Civil Veterinary Dept. Bombay admin report 1914-1922 - 1914-1922
Year: 1914
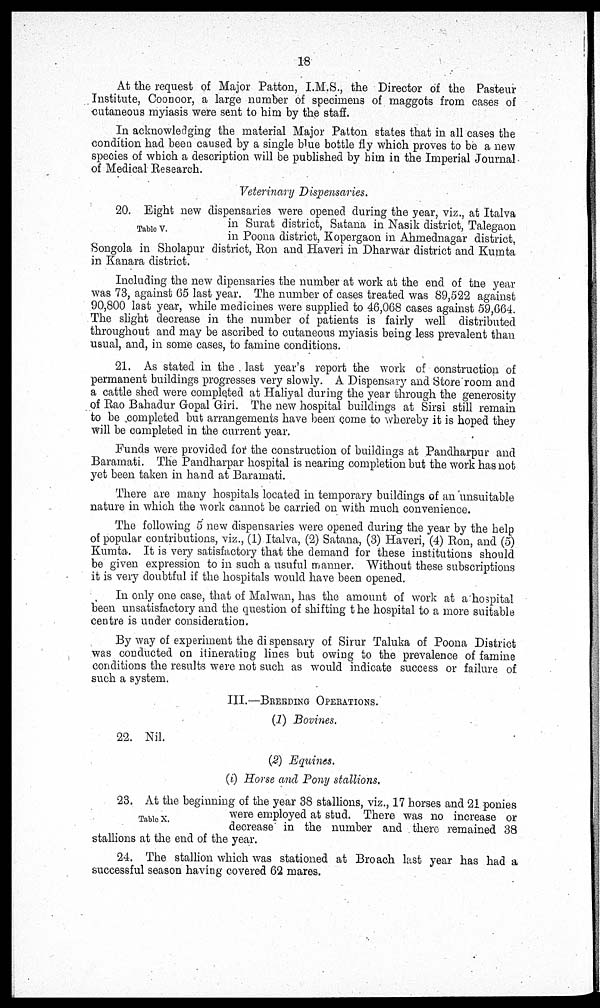
18
At the request of Major Patton, I.M.S., the Director of the Pasteur
Institute, Coonoor, a large number of specimens of maggots from cases of
cutaneous myiasis were sent to him by the staff.
In acknowledging the material Major Patton states that in all cases the
condition had been caused by a single blue bottle fly which proves to be a new
species of which a description will be published by him in the Imperial Journal
of Medical Research.
Veterinary Dispensaries.
Table V.
20. Eight new dispensaries were opened during the year, viz., at Italva
in Surat district, Satana in Nasik district, Talegaon
in Poona district, Kopergaon in Ahmednagar district,
Songola in Sholapur district, Ron and Haveri in Dharwar district and Kumta
in Kanara district.
Including the new dipensaries the number at work at the end of the year
was 73, against 65 last year. The number of cases treated was 89,522 against
90,800 last year, while medicines were supplied to 46,068 cases against 59,664.
The slight decrease in the number of patients is fairly well distributed
throughout and may be ascribed to cutaneous myiasis being less prevalent than
usual, and, in some cases, to famine conditions.
21. As stated in the last year's report the work of construction of
permanent buildings progresses very slowly. A Dispensary and Store room and
a cattle shed were completed at Haliyal during the year through the generosity
of Rao Bahadur Gopal Giri. The new hospital buildings at Sirsi still remain
to be completed but arrangements have been come to whereby it is hoped they
will be completed in the current year.
Funds were provided for the construction of buildings at Pandharpur and
Baramati. The Pandharpar hospital is nearing completion but the work has not
yet been taken in hand at Baramati.
There are many hospitals located in temporary buildings of an unsuitable
nature in which the work cannot be carried on with much convenience.
The following 5 new dispensaries were opened during the year by the help
of popular contributions, viz., (1) Italva, (2) Satana, (3) Haveri, (4) Ron, and (5)
Kumta-. It is very satisfactory that the demand for these institutions should
be given expression to in such a usuful manner. Without these subscriptions
it is very doubtful if the hospitals would have been opened.
In only one case, that of Malwan, has the amount of work at a hospital
been unsatisfactory and the question of shifting the hospital to a more suitable
centre is under consideration.
By way of experiment the dispensary of Sirur Taluka of Poona District
was conducted on itinerating lines but owing to the prevalence of famine
conditions the results were not such as would indicate success or failure of
such a system.
III.—BREEDING OPERATIONS.
(1) Bovines.
22. Nil.
(2) Equines.
(i) Horse and Pony stallions,
Table X.
23. At the beginning of the year 38 stallions, viz., 17 horses and 21 ponies
were employed at stud. There was no increase or
decrease in the number and there remained 38
stallions at the end of the year.
24. The stallion which was stationed at Broach last year has had a
successful season having covered 62 mares.